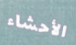
الأحشاء